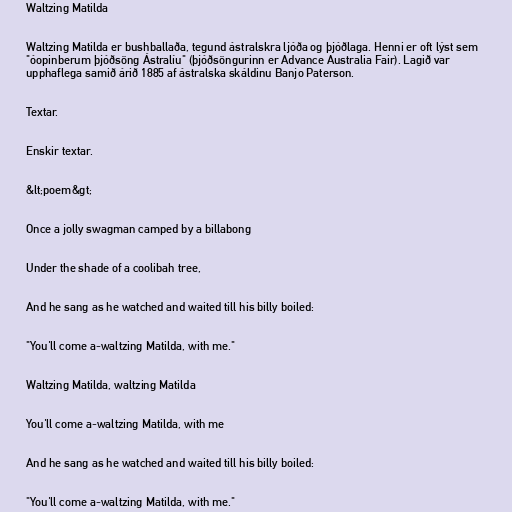
Waltzing Matilda

Waltzing Matilda er bushballaða, tegund ástralskra ljóða og þjóðlaga. Henni er oft lýst sem
"óopinberum þjóðsöng Ástralíu" (þjóðsöngurinn er Advance Australia Fair). Lagið var
upphaflega samið árið 1885 af ástralska skáldinu Banjo Paterson.

Textar.

Enskir textar.

&lt;poem&gt;

Once a jolly swagman camped by a billabong

Under the shade of a coolibah tree,

And he sang as he watched and waited till his billy boiled:

"You'll come a-waltzing Matilda, with me."

Waltzing Matilda, waltzing Matilda

You'll come a-waltzing Matilda, with me

And he sang as he watched and waited till his billy boiled:

"You'll come a-waltzing Matilda, with me."